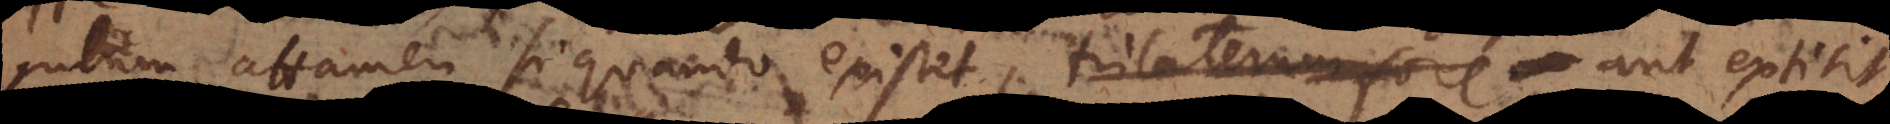
attamen si quando existet, trilaterum fore aut extitit